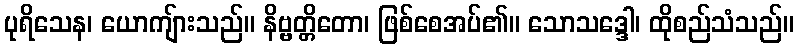
ပုရိသေန၊ ယောကျ်ားသည်။ နိဗ္ဗတ္တိတော၊ ဖြစ်စေအပ်၏။ သောသဒ္ဒေါ၊ ထိုစည်သံသည်။